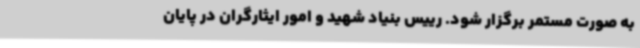
به صورت مستمر برگزار شود. رییس بنیاد شهید و امور ایثارگران در پایان